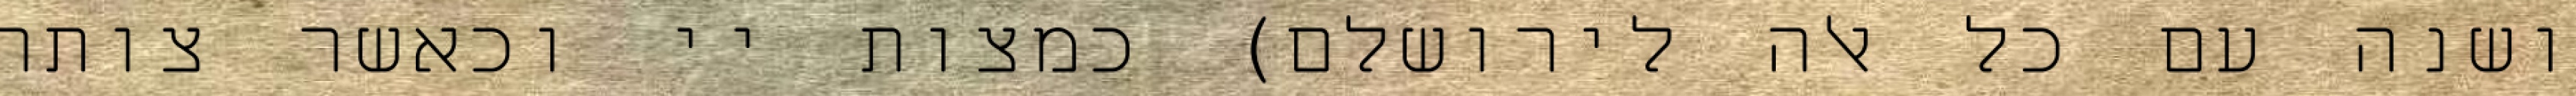
ושנה עם כל אלה לירושלם) כמצות יי וכאשר צותה